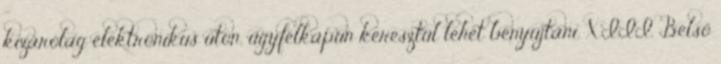
kizárólag elektronikus úton, ügyfélkapun keresztül lehet benyújtani. XIII. Belső